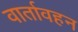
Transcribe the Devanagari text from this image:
वार्तावहन